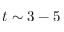
t \sim 3 - 5